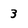
Character: 3